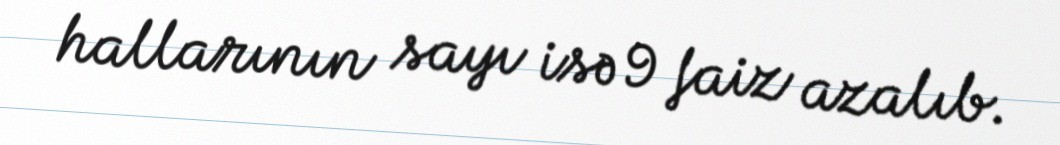
hallarının sayı isə 9 faiz azalıb.